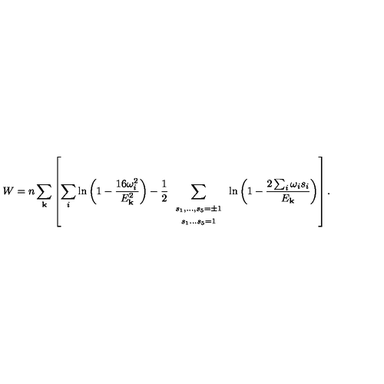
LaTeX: W = n \sum _ { \bf k } \left[ \sum _ { i } \ln \left( 1 - \frac { 1 6 \omega _ { i } ^ { 2 } } { E _ { \bf k } ^ { 2 } } \right) - \frac { 1 } { 2 } \sum _ { \begin{array} { c } { \scriptstyle s _ { 1 } , \ldots , s _ { 5 } = \pm 1 } \\ { \scriptstyle s _ { 1 } \ldots s _ { 5 } = 1 } \\ \end{array} } \ln \left( 1 - \frac { 2 \sum _ { i } \omega _ { i } s _ { i } } { E _ { \bf k } } \right) \right] .